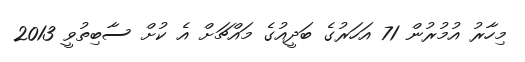
މިހާރު އުމުރުން 71 އަހަރުގެ ބަދީއުގެ މައްޗަށް އެ ކުށް ސާބިތުވީ 2013